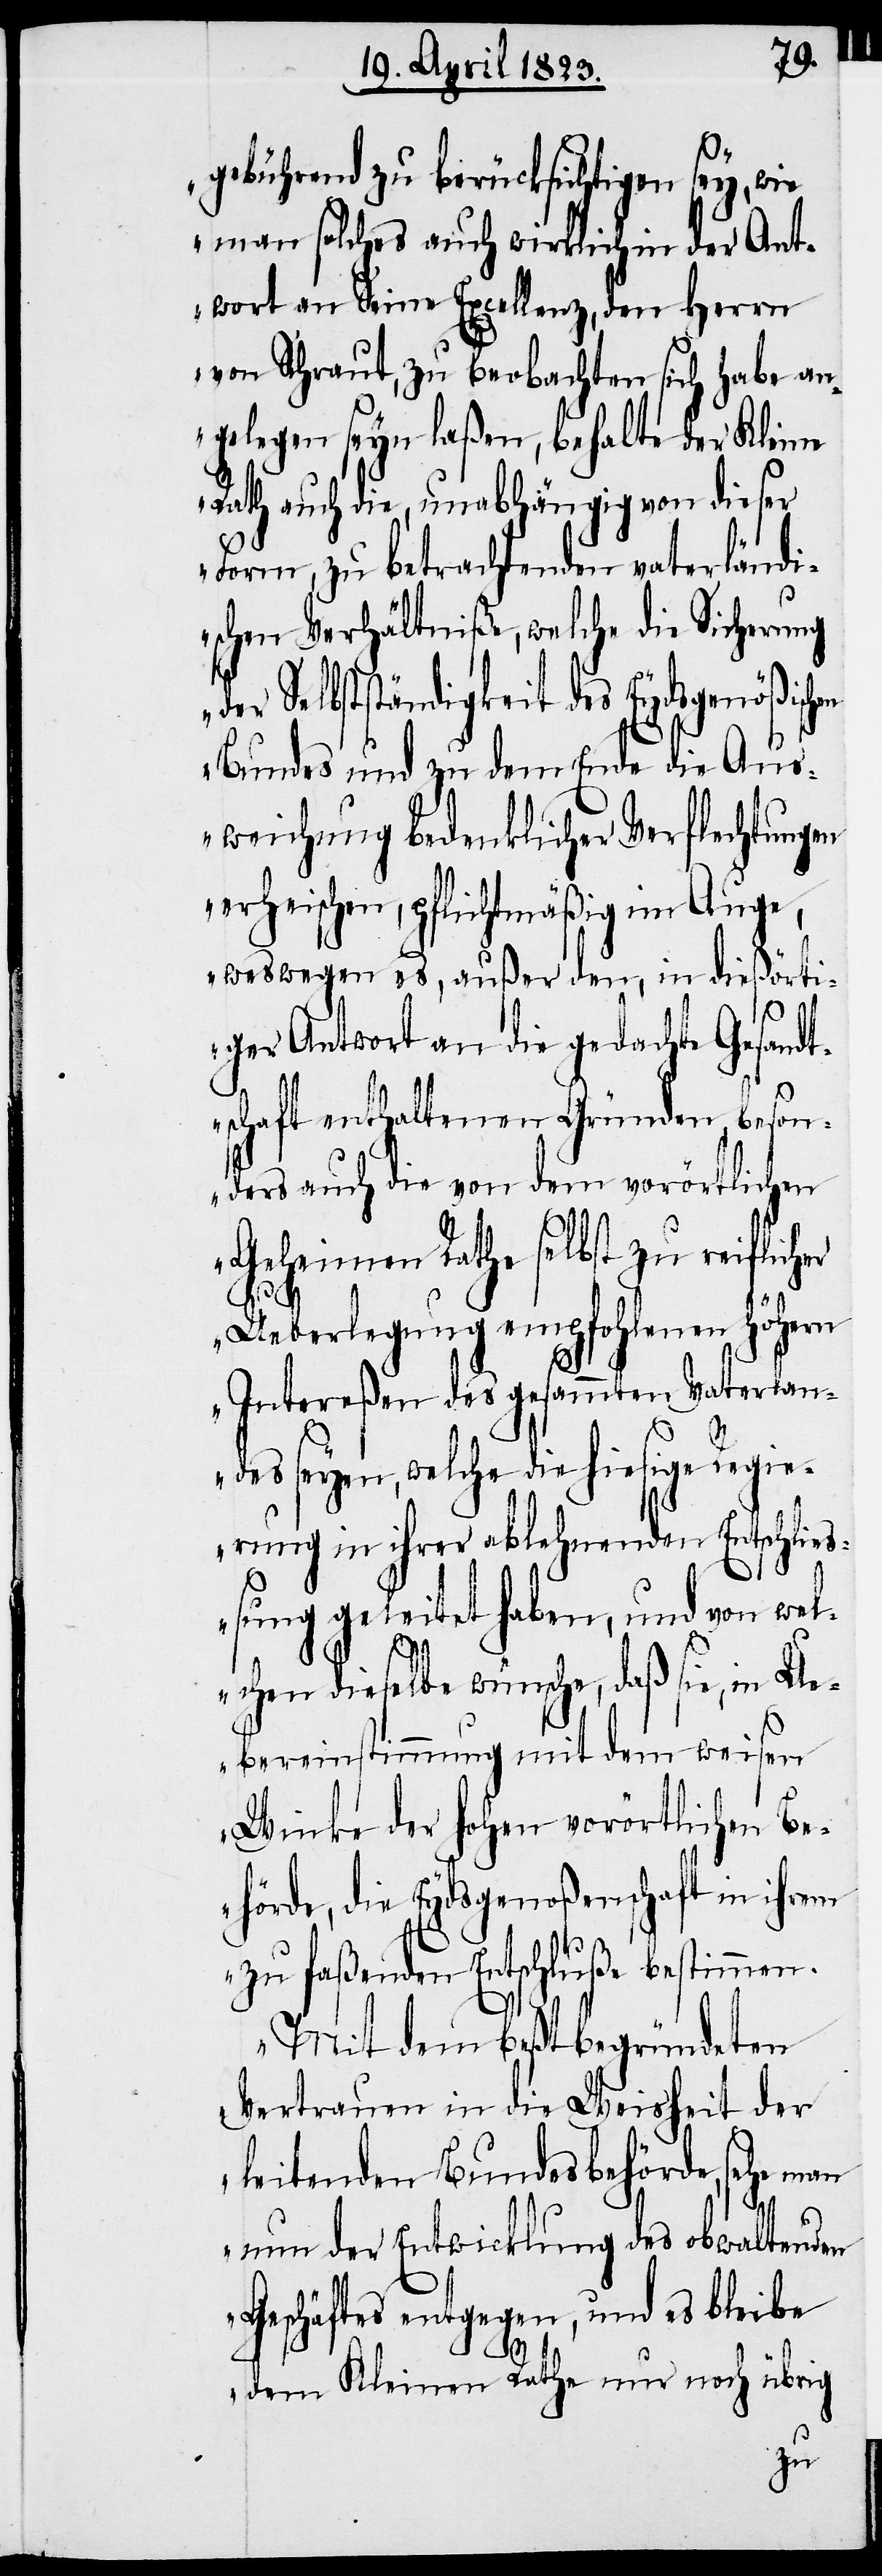
gebührend zu berücksichtigen sey, wie
man solches auch wirklich in der Ant¬
wort an Seine Excellenz, den Herrn
von Schraut, zu beobachten sich habe an¬
gelegen seyn laßen, behalte der Kleine
Rath auch die, unabhängig von dieser
Form, zu betrachtenden vaterländi¬
schen Verhältniße, welche die Sicherung
er Selbstständigkeit des Eydsgenößisc¬
Bundes und zu dem Ende die Aus¬
weichung bedenklicher Verflechtungen
erheischen, pflichtmäßig im Auge,
weswegen es, außer den, in dießörti¬
ger Antwort an die gedachte Gesandt¬
schaft enthaltenen Gründen, beson¬
ders auch die von dem vorörtlichen
Geheimen Rathe selbst zu reiflicher
Ueberlegung empfohlenen höhern
Intereßen des gesammten Vaterlan¬
des seyen, welche die hiesige Regie¬
rung in ihrer ablehnenden Entschlie¬
ßung geleitet haben, und von wel¬
chen dieselbe wünsche, daß sie, in Ue¬
bereinstimmung mit dem weisen
Winke der hohen vorörtlichen Be¬
hörde, die Eydsgenoßenschaft in ihrem
zu faßenden Entschluße bestimmen.
Mit dem beßt begründeten
Vertrauen in die Weisheit der
leitenden Bundesbehörde, sehe man
nun der Entwicklung des obwaltenden
Geschäftes entgegen, und es bleibe
d¬
dem Kleinen Rathe nur noch übrig
hen